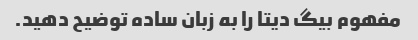
مفهوم بیگ دیتا را به زبان ساده توضیح دهید.